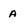
Character: a